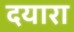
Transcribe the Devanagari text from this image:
दयारा